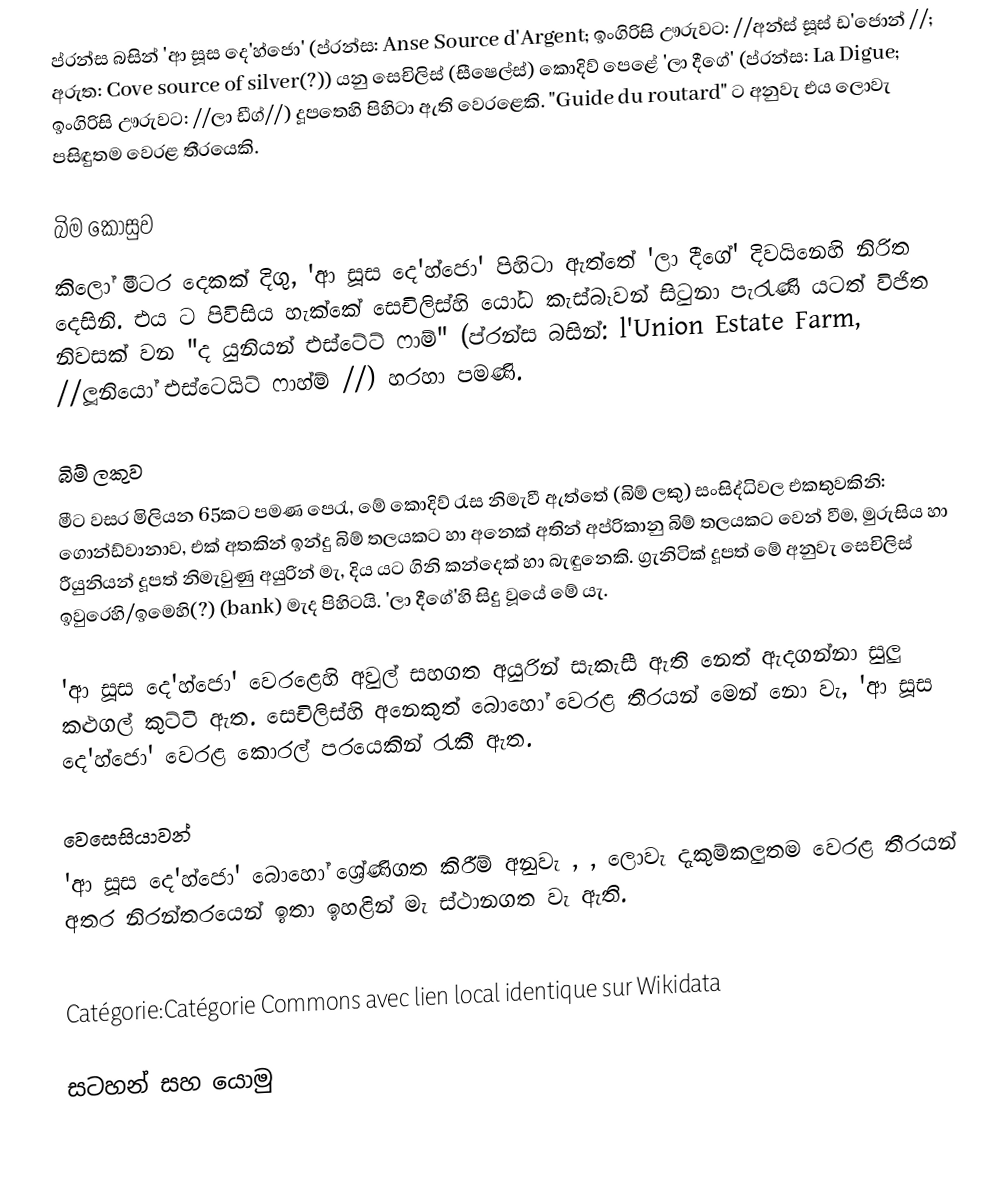
ප්රන්ස බසින් 'ආ සූස දෙ'හ්ජො' (ප්රන්ස: Anse Source d'Argent; ඉංගිරිසි ඌරුවට: //අන්ස් සූස් ඩ'ජොන් //; අරුත: Cove source of silver(?)) යනු සෙචිලිස් (සීෂෙල්ස්) කොදිව් පෙළේ 'ලා දීගේ' (ප්රන්ස: La Digue; ඉංගිරිසි ඌරුවට: //ලා ඩීග්//) දූපතෙහි පිහිටා ඇති වෙරළෙකි. "Guide du routard"  ට අනුවැ එය ලොවැ පසිඳුතම වෙරළ තීරයෙකි.

බිම කොසුව
කිලෝ මීටර දෙකක් දිගු, 'ආ සූස දෙ'හ්ජො' පිහිටා ඇත්තේ 'ලා දීගේ' දිවයිනෙහි නිරිත දෙසිනි. එය ට පිවිසිය හැක්කේ සෙචිලිස්හි යෝධ කැස්බෑවන් සිටුනා පැරැණි යටත් විජිත නිවසක් වන "ද යුනියන් එස්ටේට් ෆාම්" (ප්රන්ස බසින්: l'Union Estate Farm,   //ලූනියෝ එස්ටෙයිට් ෆාහ්ම් //) හරහා පමණි.

බිම් ලකුව
මීට වසර මිලියන 65කට පමණ පෙරැ, මේ කොදිව් රැස නිමැවී ඇත්තේ (බිම් ලකු) සංසිද්ධිවල එකතුවකිනි: ගොන්ඩ්වානාව, එක් අතකින් ඉන්දු බිම් තලයකට හා අනෙක් අතින් අප්රිකානු බිම් තලයකට වෙන් වීම, මුරුසිය හා රීයුනියන් දූපත් නිමැවුණු අයුරින් මැ, දිය යට ගිනි කන්දෙක් හා බැඳුනෙකි. ග්‍රැනිටික් දූපත් මේ අනුවැ සෙචිලිස් ඉවුරෙහි/ඉමෙහි(?) (bank) මැද පිහිටයි. 'ලා දීගේ'හි සිදු වූයේ මේ යැ.

'ආ සූස දෙ'හ්ජො' වෙරළෙහි අවුල් සහගත අයුරින් සැකැසී ඇති නෙත් ඇදගන්නා සුලු කළුගල් කුට්ටි ඇත. සෙචිලිස්හි අනෙකුත් බොහෝ වෙරළ තීරයන් මෙන් නො වැ, 'ආ සූස දෙ'හ්ජො' වෙරළ කොරල් පරයෙකින් රැකී ඇත.

වෙසෙසියාවන්
'ආ සූස දෙ'හ්ජො' බොහෝ ශ්‍රේණිගත කිරීම් අනුවැ  ,  ,  ලොවැ දැකුම්කලුතම වෙරළ තීරයන් අතර නිරන්තරයෙන් ඉතා ඉහළින් මැ ස්ථානගත වැ ඇති.

 
Catégorie:Catégorie Commons avec lien local identique sur Wikidata

සටහන් සහ යොමු